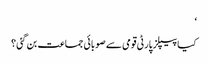
‘
کیا پیپلز پارٹی قومی سے صوبائی جماعت بن گئی ؟